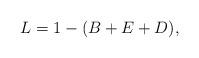
LaTeX: \begin{align*}L=1-(B+E+D),\end{align*}